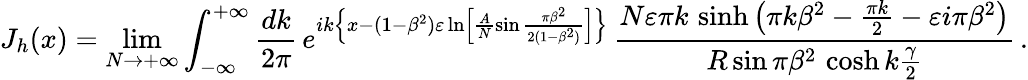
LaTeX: J_{h}(x)=\operatorname*{lim}_{N\rightarrow+\infty}\int_{-\infty}^{+\infty}\frac{dk}{2\pi}\, e^{ik\left\{ x-(1-\beta^{2})\varepsilon\ln\left[\frac{A}{N}\sin\frac{\pi\beta^{2}}{2(1-\beta^{2})}\right]\right\} }\, \frac{N\varepsilon\pi k\, \sinh\left(\pi k\beta^{2}-\frac{\pi k}{2}-\varepsilon i\pi\beta^{2}\right)}{R\sin\pi\beta^{2}\, \cosh k\frac{\gamma}{2}}\, .